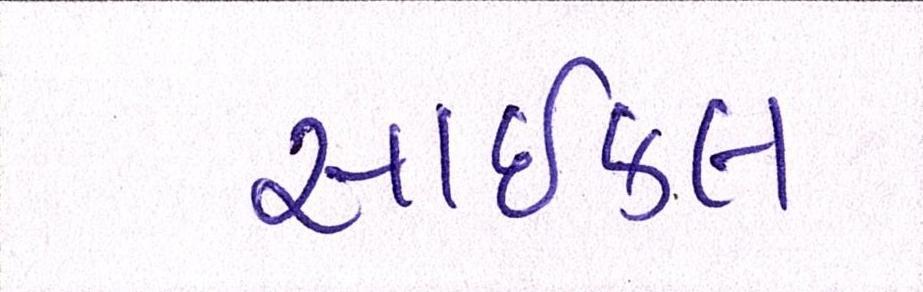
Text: સાઇકલ